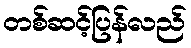
တစ်ဆင့်ပြန်လည်